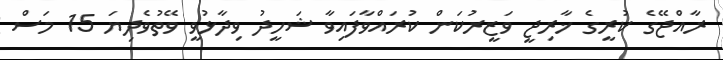
ރާއްޖޭގެ ކުރީގެ ޚާރިޖީ ވަޒީރުކަން ކުރައްވާފައިވާ ޝަހީދު ވިދާޅުވީ ވޭތުވެދިޔަ 15 މަސް